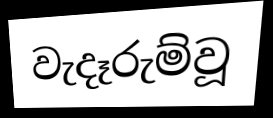
වැදෑරුම්වූ